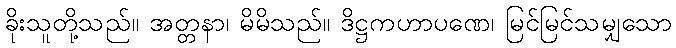
ခိုးသူတို့သည်။ အတ္တနာ၊ မိမိသည်။ ဒိဋ္ဌကဟာပဏေ၊ မြင်မြင်သမျှသော